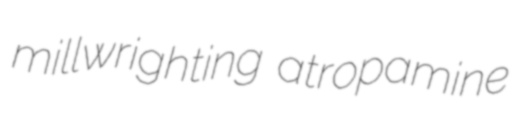
millwrighting atropamine